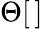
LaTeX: \Theta[\, ]